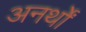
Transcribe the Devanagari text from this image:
अनर्थों